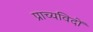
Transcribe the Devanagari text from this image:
प्राच्यविदों